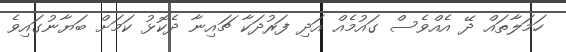
ހަމަލާތައް ދޭ އެއްވެސް ގައުމެއް އަދި ފަރުދަކާ ޗައިނާ ދެކޮޅު ކަމަށް ބަޔާނުގައިވެ